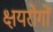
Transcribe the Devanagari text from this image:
क्षयरोगों